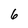
Character: 6